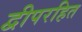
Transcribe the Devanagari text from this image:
द्वीपरहित